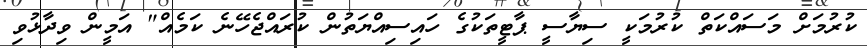
ކުރުމަށް މަސައްކަތް ކުރުމަކީ ސިޔާސީ ޕާޓީތަކުގެ ހައިސިއްޔަތުން ކުރައްޖެހޭނެ ކަމެއް" އަމީން ވިދާޅުވި